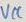
Text: VCC